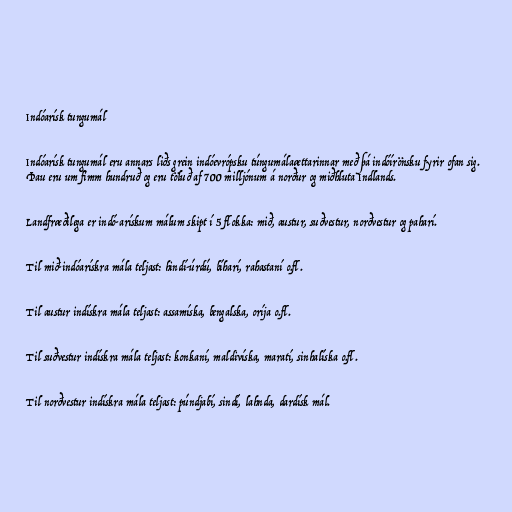
Indóarísk tungumál

Indóarísk tungumál eru annars liðs grein indóevrópsku túngumálaættarinnar með þá indóírönsku fyrir ofan sig.
Þau eru um fimm hundruð og eru töluð af 700 milljónum á norður og miðhluta Indlands.

Landfræðilega er indó-arískum málum skipt í 5 flokka: mið, austur, suðvestur, norðvestur og paharí.

Til mið-indóarískra mála teljast: hindí-úrdú, bíharí, rahastaní o.fl.

Til austur indískra mála teljast: assamíska, bengalska, oríja o.fl.

Til suðvestur indískra mála teljast: konkaní, maldivíska, maratí, sinhalíska o.fl.

Til norðvestur indískra mála teljast: púndjabí, sindí, lahnda, dardísk mál.